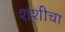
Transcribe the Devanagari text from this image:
शशीचा